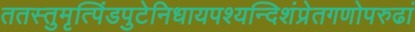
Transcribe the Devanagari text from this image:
ततस्तुमृत्पिंडपुटेनिधायपश्यन्दिशंप्रेतगणोपरुढां